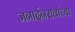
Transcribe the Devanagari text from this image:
जनार्दनरावांच्या